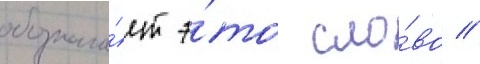
обознача́ет э́то сло́во //